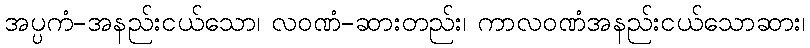
အပ္ပကံ-အနည်းငယ်သော၊ လဝဏံ-ဆားတည်း၊ ကာလဝဏံအနည်းငယ်သောဆား၊